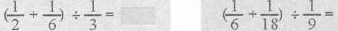
$$( \frac { 1 } { 2 } + \frac { 1 } { 6 } ) \div \frac { 1 } { 3 } =$$ $$( \frac { 1 } { 6 } + \frac { 1 } { 1 8 } ) \div \frac { 1 } { 9 } =$$